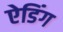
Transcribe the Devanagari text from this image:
ऐडिंग